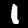
Label: 1